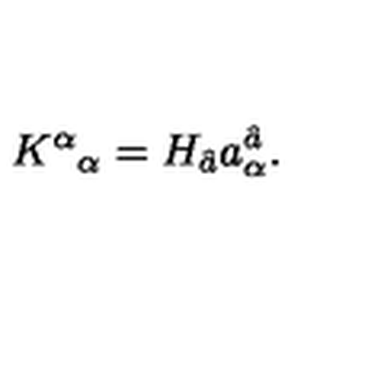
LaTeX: K ^ { \alpha } { } _ { \alpha } = H _ { \hat { a } } a _ { \alpha } ^ { \hat { a } } .